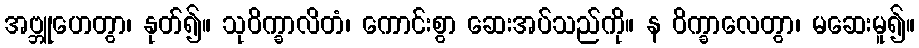
အဗ္ဘူဟေတွာ၊ နုတ်၍။ သုဝိက္ခာလိတံ၊ ကောင်းစွာ ဆေးအပ်သည်ကို။ န ဝိက္ခာလေတွာ၊ မဆေးမူ၍။